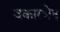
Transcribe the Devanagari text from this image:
वकारभेद